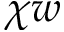
\chi w